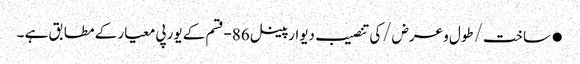
●ساخت/طول و عرض/کی تنصیب دیوار پینل 86-قسم کے یورپی معیار کے مطابق ہے ۔